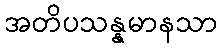
အတိပသန္နမာနသာ